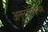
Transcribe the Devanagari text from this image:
अनुनहेक्झियम